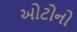
ઓટોનો